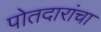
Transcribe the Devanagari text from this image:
पोतदारांचा